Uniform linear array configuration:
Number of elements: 16
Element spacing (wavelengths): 0.5
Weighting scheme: hann
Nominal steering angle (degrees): -30
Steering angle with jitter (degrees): -29.735
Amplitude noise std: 0.05
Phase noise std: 0.05

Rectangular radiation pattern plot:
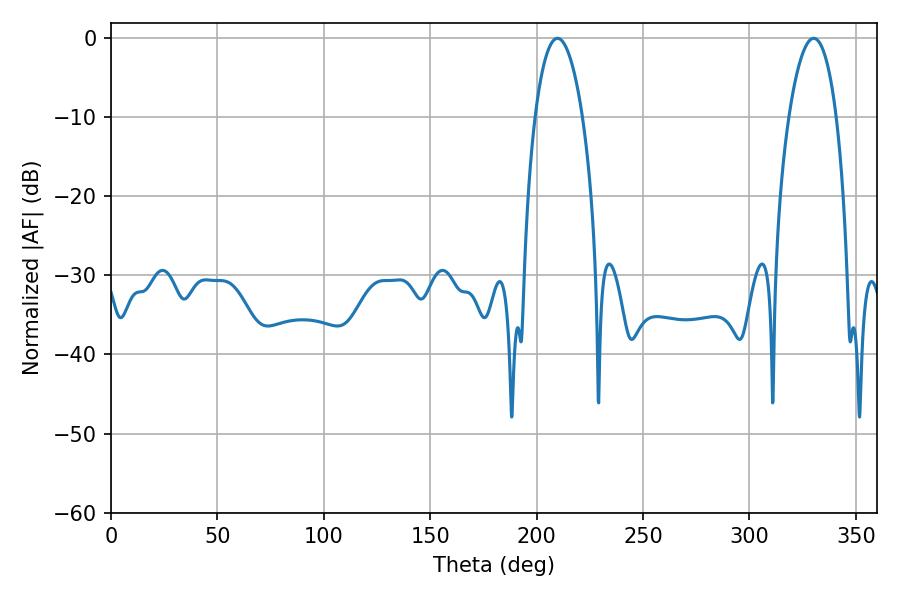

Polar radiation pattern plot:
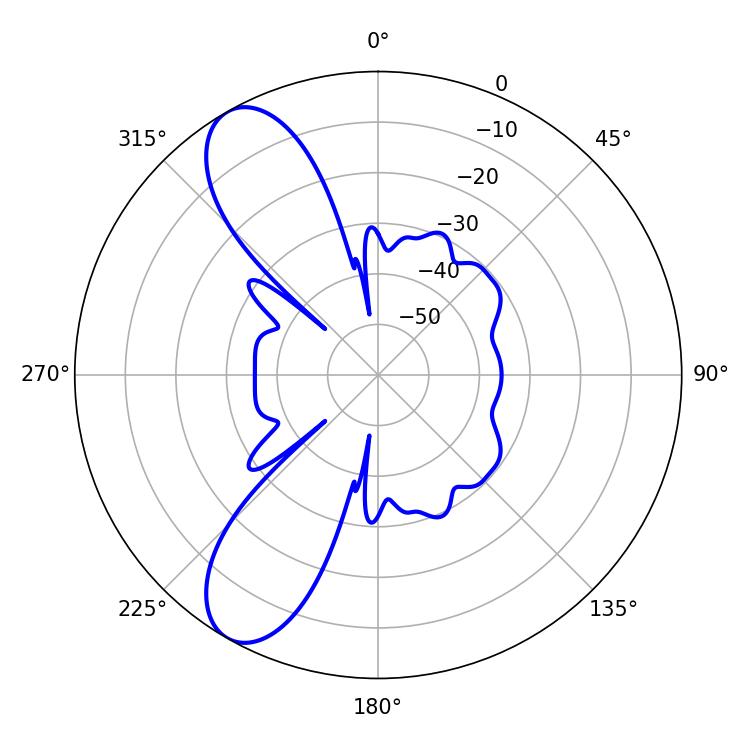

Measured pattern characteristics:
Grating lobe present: FALSE
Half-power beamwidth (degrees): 12.42
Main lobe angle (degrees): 330.12